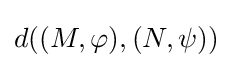
d((M,\varphi ),(N,\psi ))